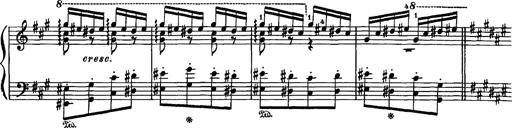
Title: Hungarian Rhapsody No.16
Composer: Franz Liszt
Key: A minor